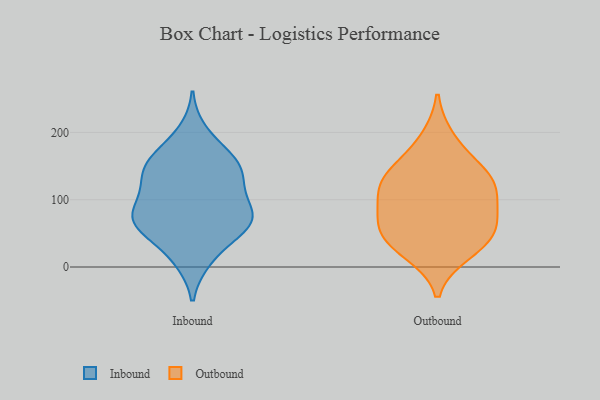
{"axis": {"x": "Conversion Rate (%)", "y": "Value"}, "legend": ["Inbound", "Outbound"], "data": [{"x": "", "y": 160, "type": "Inbound"}, {"x": "", "y": 143, "type": "Inbound"}, {"x": "", "y": 171, "type": "Inbound"}, {"x": "", "y": 73, "type": "Inbound"}, {"x": "", "y": 69, "type": "Inbound"}, {"x": "", "y": 119, "type": "Inbound"}, {"x": "", "y": 11, "type": "Inbound"}, {"x": "", "y": 93, "type": "Inbound"}, {"x": "", "y": 15, "type": "Inbound"}, {"x": "", "y": 65, "type": "Inbound"}, {"x": "", "y": 61, "type": "Inbound"}, {"x": "", "y": 93, "type": "Inbound"}, {"x": "", "y": 143, "type": "Inbound"}, {"x": "", "y": 55, "type": "Inbound"}, {"x": "", "y": 66, "type": "Inbound"}, {"x": "", "y": 142, "type": "Inbound"}, {"x": "", "y": 154, "type": "Inbound"}, {"x": "", "y": 116, "type": "Inbound"}, {"x": "", "y": 200, "type": "Inbound"}, {"x": "", "y": 67, "type": "Inbound"}, {"x": "", "y": 109, "type": "Outbound"}, {"x": "", "y": 74, "type": "Outbound"}, {"x": "", "y": 30, "type": "Outbound"}, {"x": "", "y": 124, "type": "Outbound"}, {"x": "", "y": 191, "type": "Outbound"}, {"x": "", "y": 150, "type": "Outbound"}, {"x": "", "y": 21, "type": "Outbound"}, {"x": "", "y": 58, "type": "Outbound"}, {"x": "", "y": 96, "type": "Outbound"}, {"x": "", "y": 44, "type": "Outbound"}, {"x": "", "y": 60, "type": "Outbound"}, {"x": "", "y": 124, "type": "Outbound"}, {"x": "", "y": 141, "type": "Outbound"}]}